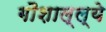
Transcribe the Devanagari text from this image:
गौशाल्ल्ये